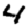
Digit: 4